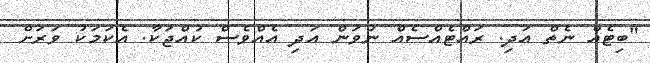
"ބިޓެއް ނެތް އަދި. ރައްޓެއްސެއް ނުވަން އަދި އެއްވެސް ކުއްޖަކާ. އެކަމަކު ވަރަށް